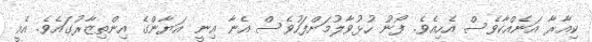
ކިއާރާ އަނެއްކާވެސް އެހިއެވެ. ފޯނު ހުޅުވާލުމަށްފަހުވެސް އެނާ އިނީ އަޔާންގެ އިންތިޒާރުގައެވެ. އެއީ